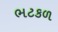
ભટકળ